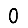
Digit: 0